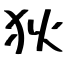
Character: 狄